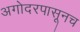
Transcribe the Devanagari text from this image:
अगोदरपासूनच